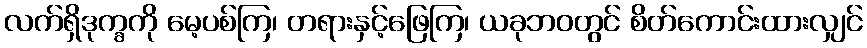
လက်ရှိဒုက္ခကို မေ့ပစ်ကြ၊ တရားနှင့်ဖြေကြ၊ ယခုဘဝတွင် စိတ်ကောင်းထားလျှင်